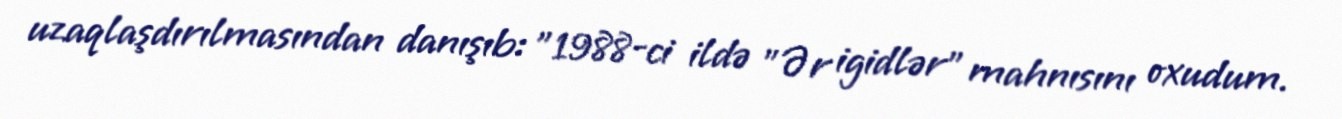
uzaqlaşdırılmasından danışıb: "1988-ci ildə "Ər igidlər" mahnısını oxudum.